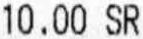
10.00 SR